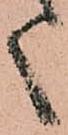
く